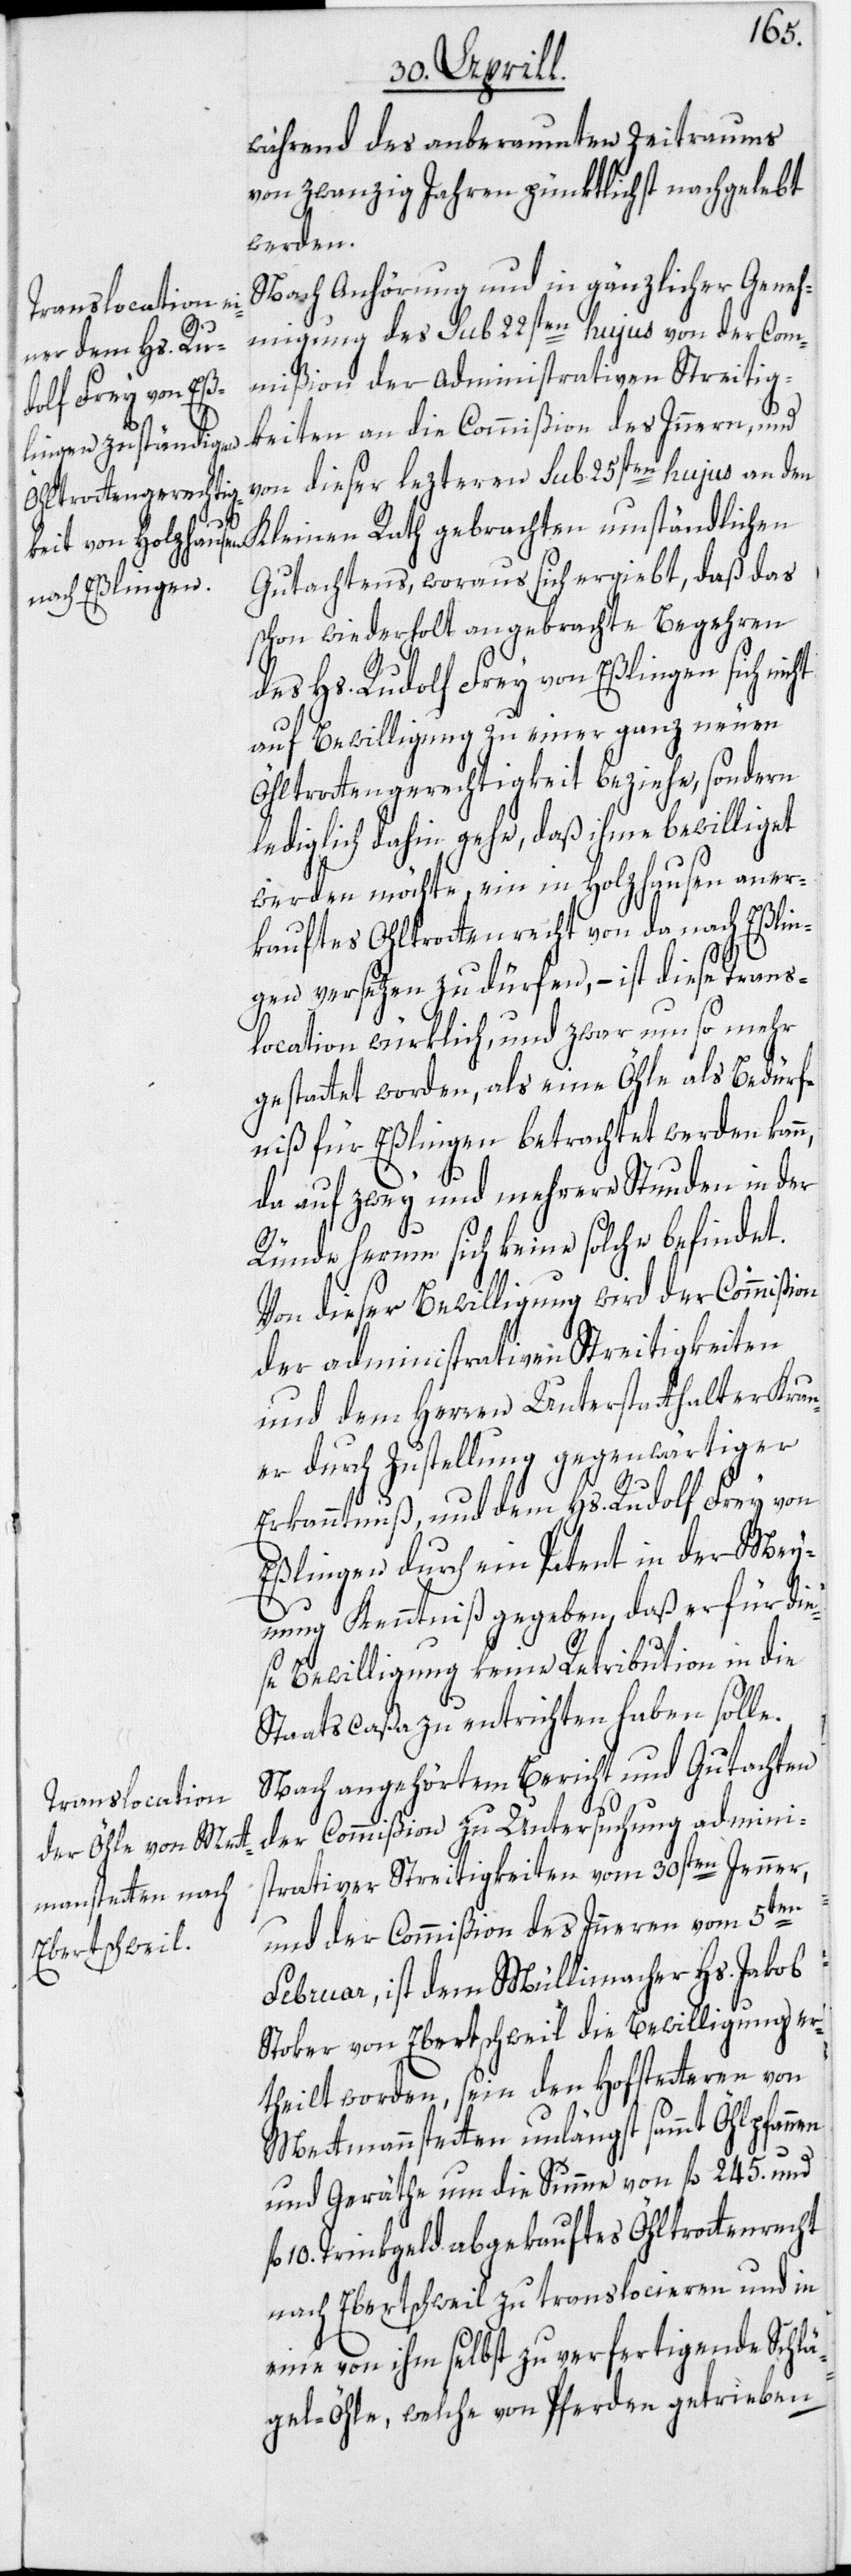
während des anberaumten Zeitraums
von zwanzig Jahren pünktlichst nachgelebt
werden.
Nach Anhörung und in gänzlicher Geneh¬
migung des sub 22sten hujus von der Com¬
mißion der administrativen Streitig¬
keiten an die Commißion des Innern, und
von dieser lezteren sub 25sten hujus an den
Kleinen Rath gebrachten umständlichen
Gutachtens, woraus sich ergiebt, daß das
schon wiederholt angebrachte Begehren
des Hs. Rudolf Frey von Eßlingen sich nicht
auf Bewilligung zu einer ganz neuen
Öhltrottengerechtigkeit beziehe, sondern
lediglich dahin gehe, daß ihme bewilliget
werden möchte, ein in Holzhausen aner¬
kauftes Öhltrottenrecht von da nach Eßlin¬
gen versetzen zu dürfen, – ist diese Trans¬
location würklich, und zwar um so mehr
gestattet worden, als eine Öhle als Bedürf¬
niß für Eßlingen betrachtet werden kann,
da auf zwey und mehrere Stunden in der
Ründe herum sich keine solche befindet.
Von dieser Bewilligung wird der Commißion
der administrativen Streitigkeiten
und dem Herren Unterstatthalter Krau¬
er durch Zustellung gegenwärtiger
Erkanntnuß, und dem Hs. Rudolf Frey von
Eßlingen durch ein Patent in der Mey¬
nung Kenntniß gegeben, daß er für die¬
se Bewilligung keine Retribution in die
Staatscaßa zu entrichten haben solle.
Nach angehörtem Bericht und Gutachten
der Commißion zu Untersuchung admini¬
strativer Streitigkeiten vom 30sten Jenner,
nen
fl.
und der Commißion des Inneren vom 5ten
Februar, ist dem Müllimacher Hs. Jakob
Stoker von Ebertschweil die Bewilligung er¬
theilt worden, sein den Hofstetteren von
Mettmannstetten unlängst sammt Öhlpfan¬
und Geräthe um die Summe von fl. 245. und
10. Trinkgeld abgekauftes Öhltrottenrecht
nach Ebertschweil zu translocieren und in
eine von ihm selbst zu verfertigende Schlä¬
gel-Öhle, welche von Pferden getrieben